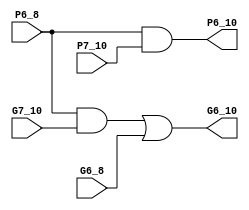
module Black(G6_8,P6_8,G7_10,P7_10,G6_10,P6_10);
  input G6_8,P6_8,G7_10,P7_10;
  output G6_10,P6_10;
  wire s1 ;
  assign s1 = P6_8 & G7_10;
  assign G6_10=s1 | G6_8;
  assign P6_10=P6_8 & P7_10;
endmodule